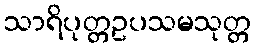
သာရိပုတ္တဥပသမသုတ္တ